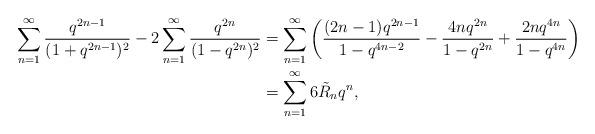
LaTeX: \begin{align*}\sum_{n=1}^\infty \frac{q^{2n-1}}{(1+q^{2n-1})^2}-2\sum_{n=1}^\infty \frac{q^{2n}}{(1-q^{2n})^2} &=\sum_{n=1}^\infty \left(\frac{(2n-1)q^{2n-1}}{1-q^{4n-2}}-\frac{4nq^{2n}}{1-q^{2n}} +\frac{2nq^{4n}}{1-q^{4n}} \right)\\&= \sum_{n=1}^\infty 6\tilde{R}_n q^n,\end{align*}